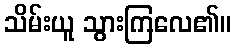
သိမ်းယူ သွားကြလေ၏။